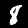
Label: 8